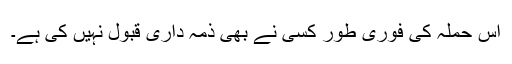
اس حملہ کی فوری طور کسی نے بھی ذمہ داری قبول نہیں کی ہے۔